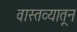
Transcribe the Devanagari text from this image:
वास्तव्यातून